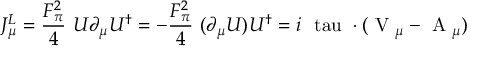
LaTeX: J _ { \mu } ^ { L } = \frac { F _ { \pi } ^ { 2 } } { 4 } ~ U \partial _ { \mu } U ^ { \dag } = - \frac { F _ { \pi } ^ { 2 } } { 4 } ~ ( \partial _ { \mu } U ) U ^ { \dag } = i \mathrm { \boldmath ~ \ t a u ~ } \cdot ( \mathrm { \boldmath ~ V ~ } _ { \mu } - \mathrm { \boldmath ~ A ~ } _ { \mu } )